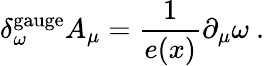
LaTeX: \delta_{\omega}^{\mathrm{gauge}}A_{\mu}=\frac 1{e(x)}\partial_{\mu}\omega\ .